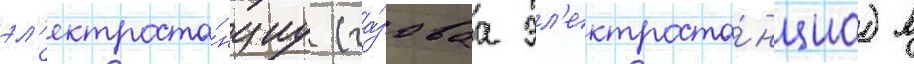
эл'ектроста́нциу (га́зоваа эл'ектроста́нциа) в